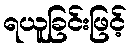
ရယူခြင်းဖြင့်